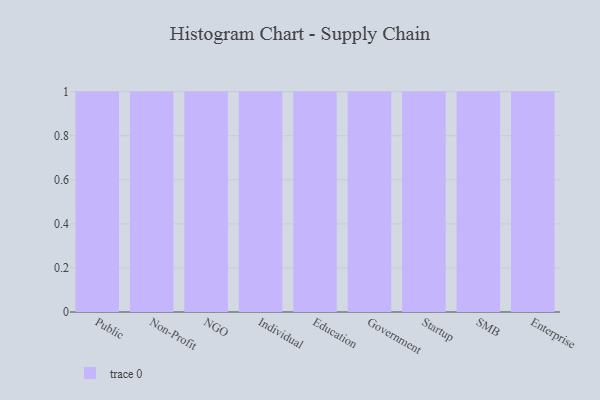
{"axis": {"x": "Segment", "y": "Production Output"}, "legend": [""], "data": [{"x": "Public", "y": 51, "type": ""}, {"x": "Non-Profit", "y": 82, "type": ""}, {"x": "NGO", "y": 26, "type": ""}, {"x": "Individual", "y": 85, "type": ""}, {"x": "Education", "y": 27, "type": ""}, {"x": "Government", "y": 62, "type": ""}, {"x": "Startup", "y": 92, "type": ""}, {"x": "SMB", "y": 2, "type": ""}, {"x": "Enterprise", "y": 75, "type": ""}]}